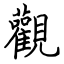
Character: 觀